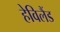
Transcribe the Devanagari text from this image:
हेविलैंड